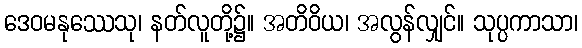
ဒေဝမနုဿေသု၊ နတ်လူတို့၌။ အတိဝိယ၊ အလွန်လျှင်။ သုပ္ပကာသာ၊